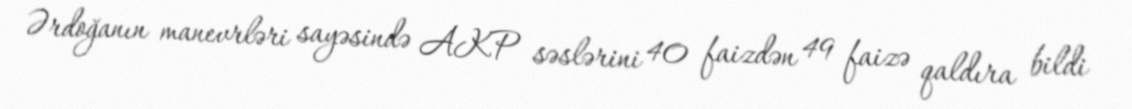
Ərdoğanın manevrləri sayəsində AKP səslərini 40 faizdən 49 faizə qaldıra bildi